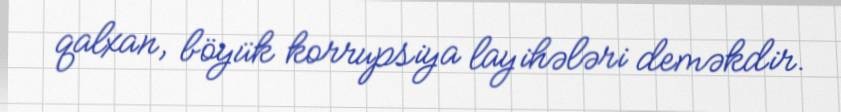
qalxan, böyük korrupsiya layihələri deməkdir.